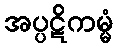
အပ္ပဋိကမ္မံ